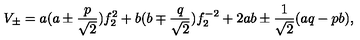
V _ { \pm } = a ( a \pm \frac { p } { \sqrt { 2 } } ) f _ { 2 } ^ { 2 } + b ( b \mp \frac { q } { \sqrt { 2 } } ) f _ { 2 } ^ { - 2 } + 2 a b \pm \frac { 1 } { \sqrt { 2 } } ( a q - p b ) ,